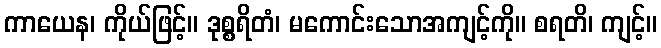
ကာယေန၊ ကိုယ်ဖြင့်။ ဒုစ္စရိတံ၊ မကောင်းသောအကျင့်ကို။ စရတိ၊ ကျင့်။